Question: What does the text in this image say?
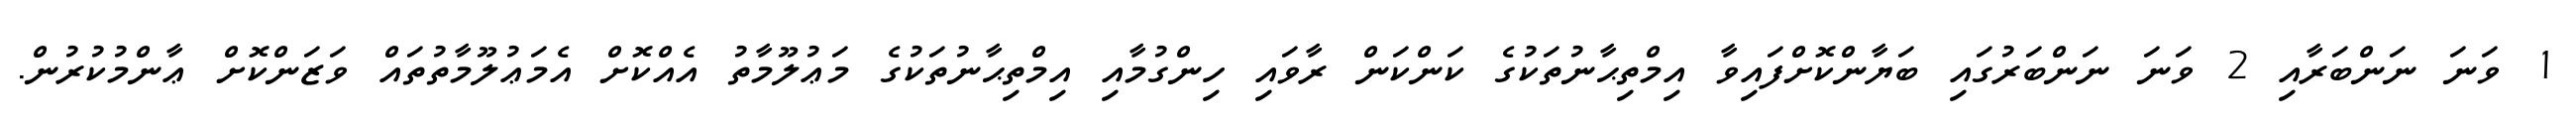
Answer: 1 ވަނަ ނަންބަރާއި 2 ވަނަ ނަންބަރުގައި ބަޔާންކޮށްފައިވާ އިމްތިޙާނުތަކުގެ ކަންކަން ރާވައި ހިންގުމާއި އިމްތިޙާނުތަކުގެ މަޢުލޫމާތު އެއްކޮށް އެމަޢުލޫމާތުތައް ވަޒަންކޮށް ޢާންމުކުރުން.